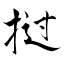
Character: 挝